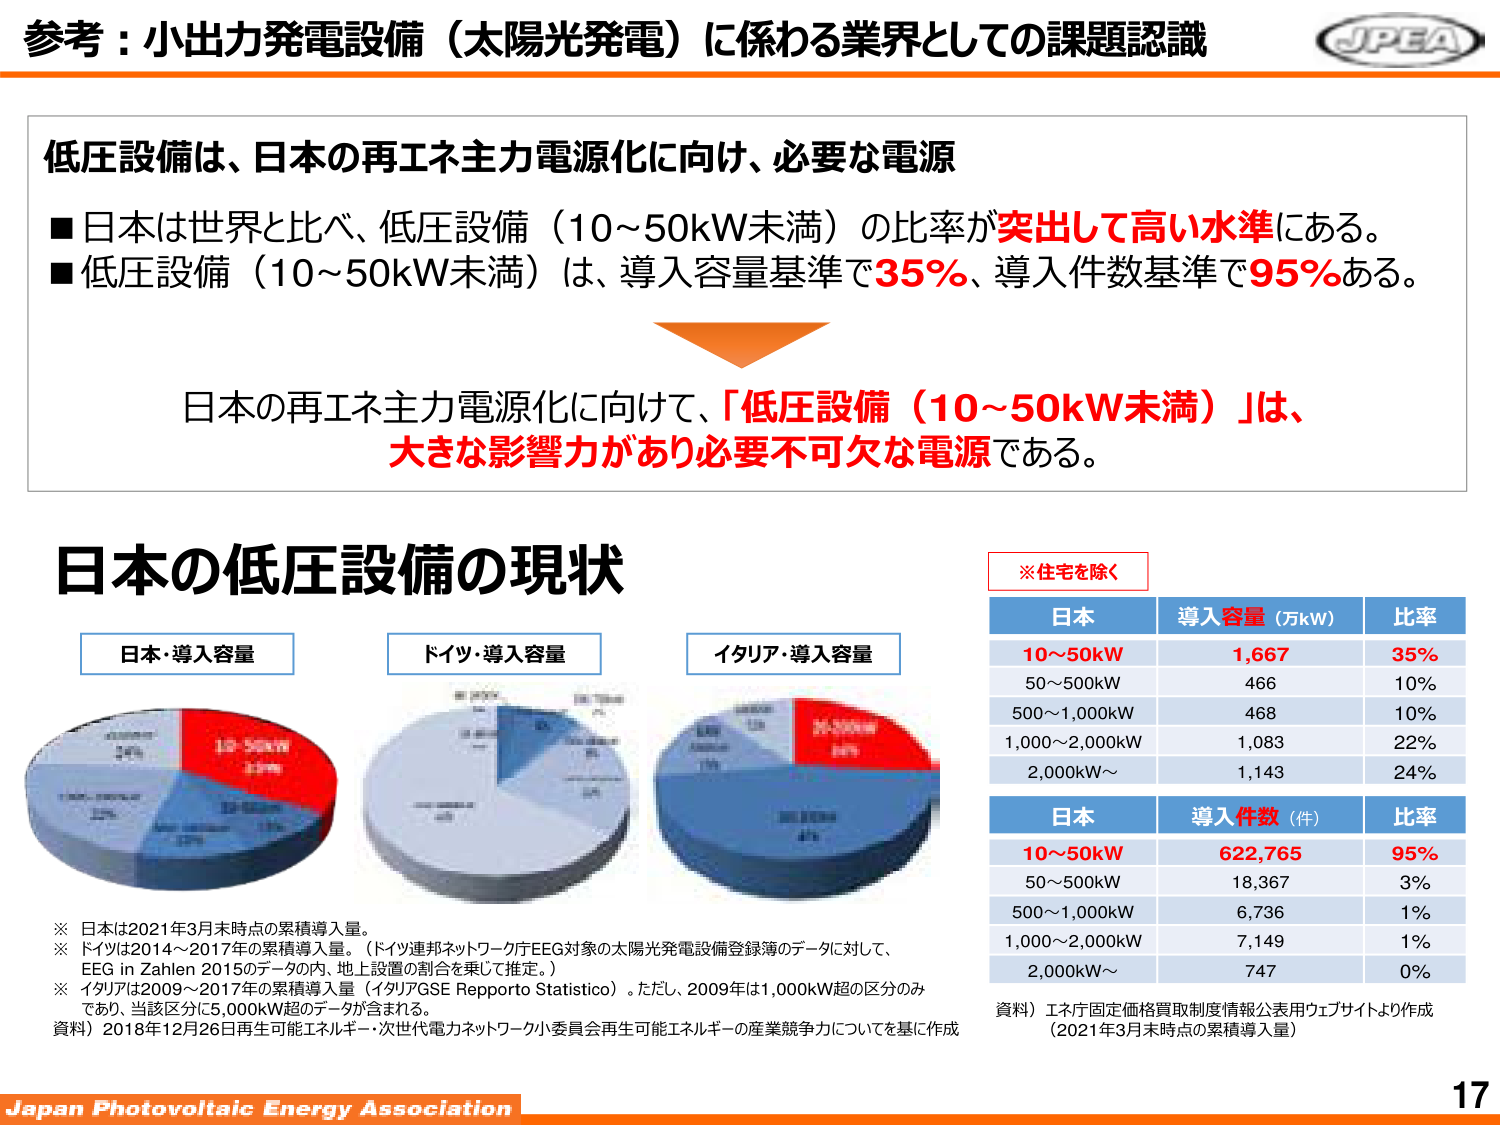
参考：小出力発電設備（太陽光発電）に係わる業界としての課題認識

低圧設備は、日本の再エネ主力電源化に向け、必要な電源

■日本は世界と比べ、低圧設備（10～50kW未満）の比率が突出して高い水準にある。
■低圧設備（10～50kW未満）は、導入容量基準で35％、導入件数基準で95％ある。

日本の再エネ主力電源化に向けて、「低圧設備（10～50kW未満）」は、
大きな影響力があり必要不可欠な電源である。

日本の低圧設備の現状

※住宅を除く

日本・導入容量
ドイツ・導入容量
イタリア・導入容量

日本　導入容量（万kW）　比率
10～50kW　　　　　1,667　　　35％
50～500kW　　　　　466　　　10％
500～1,000kW　　　468　　　10％
1,000～2,000kW　　1,083　　　22％
2,000kW～　　　　1,143　　　24％

日本　導入件数（件）　比率
10～50kW　　　　　622,765　　95％
50～500kW　　　　　18,367　　3％
500～1,000kW　　　6,736　　1％
1,000～2,000kW　　7,149　　1％
2,000kW～　　　　747　　0％

※ 日本は2021年3月末時点の累積導入量。
※ ドイツは2014～2017年の累積導入量。（ドイツ連邦ネットワーク庁EEG対象の太陽光発電設備登録簿のデータに対して、
　EEG in Zahlen 2015のデータの内、地上設置の割合を乗じて推定。）
※ イタリアは2009～2017年の累積導入量（イタリアGSE Repporto Statistico）。ただし、2009年は1,000kW超の区分のみ
　であり、当該区分に5,000kW超のデータが含まれる。

資料）2018年12月26日再生可能エネルギー・次世代電力ネットワーク小委員会再生可能エネルギーの産業競争力についてを基に作成

資料）エネ庁固定価格買取制度情報公表用ウェブサイトより作成
（2021年3月末時点の累積導入量）

Japan Photovoltaic Energy Association

17

JPEA